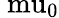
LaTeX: \mathrm{\ mu_{0}}